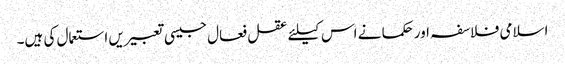
اسلامی فلاسفہ اور حکما نے اس کیلئے عقل فعال جیسی تعبیریں استعمال کی ہیں۔